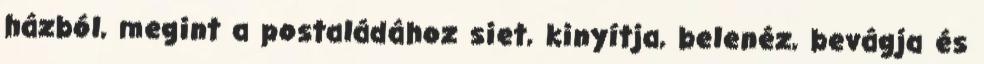
házból, megint a postaládához siet, kinyítja, belenéz, bevágja és